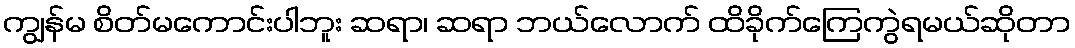
ကျွန်မ စိတ်မကောင်းပါဘူး ဆရာ၊ ဆရာ ဘယ်လောက် ထိခိုက်ကြေကွဲရမယ်ဆိုတာ